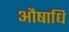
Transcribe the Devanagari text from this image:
औषाधि